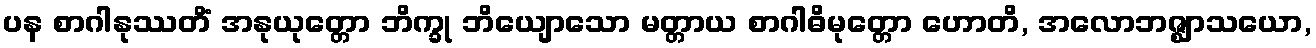
ပန စာဂါနုဿတိံ အနုယုတ္တော ဘိက္ခု ဘိယျောသော မတ္တာယ စာဂါဓိမုတ္တော ဟောတိ, အလောဘဇ္ဈာသယော,